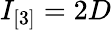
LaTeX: I_{[3]}=2D